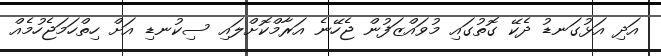
އަދި އަޅުގަނޑު ދެކޭ ގޮތުގައި މުވައްޒަފުން ޖެހޭނެ އަރާމްކޮށްލައި ސިކުނޑި އަށް ހިތްހަމަޖެހުމެއް